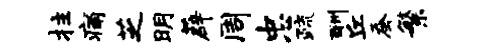
拄痛芝明薜周忠疏酬丘蚕繁